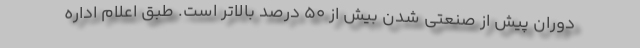
دوران پیش از صنعتی شدن بیش از 50 درصد بالاتر است. طبق اعلام اداره